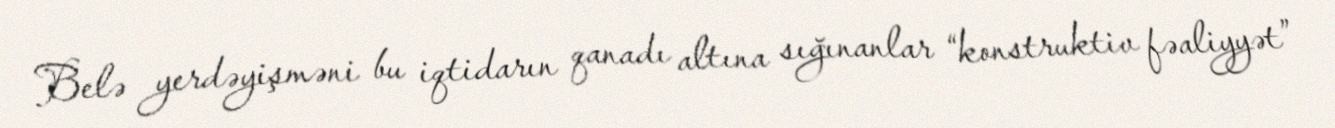
Belə yerdəyişməni bu iqtidarın qanadı altına sığınanlar “konstruktiv fəaliyyət”